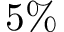
5 \%